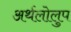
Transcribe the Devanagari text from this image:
अर्थलोलुप